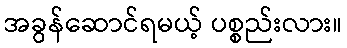
အခွန်ဆောင်ရမယ့် ပစ္စည်းလား။